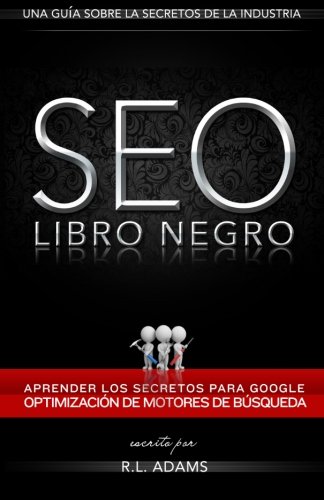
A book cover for SEO Libro Negro: Una GuÃ­a Sobre la OptimizaciÃ³n de Motores de BÃºsqueda Secretos de la Industria (El Series de SEO) (Volume 1) (Spanish Edition); R.L. Adams; Computers & Technology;